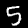
Digit: 5